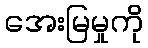
အေးမြမှုကို